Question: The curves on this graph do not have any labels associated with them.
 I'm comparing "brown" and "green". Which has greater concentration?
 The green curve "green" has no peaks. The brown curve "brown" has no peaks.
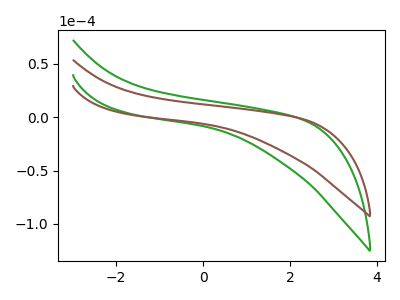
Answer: <think>Neither "brown" or "green" have any peaks.
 </think>
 <answer>I cant tell if "brown" or "green" has higher concentration.</answer>
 <eval>mixed_concentration</eval>